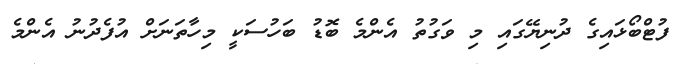
ފުޓްބޯޅައިގެ ދުނިޔޭގައި މި ވަގުތު އެންމެ ބޮޑު ބަހުސަކީ މިހާތަނަށް އުފެދުނު އެންމެ